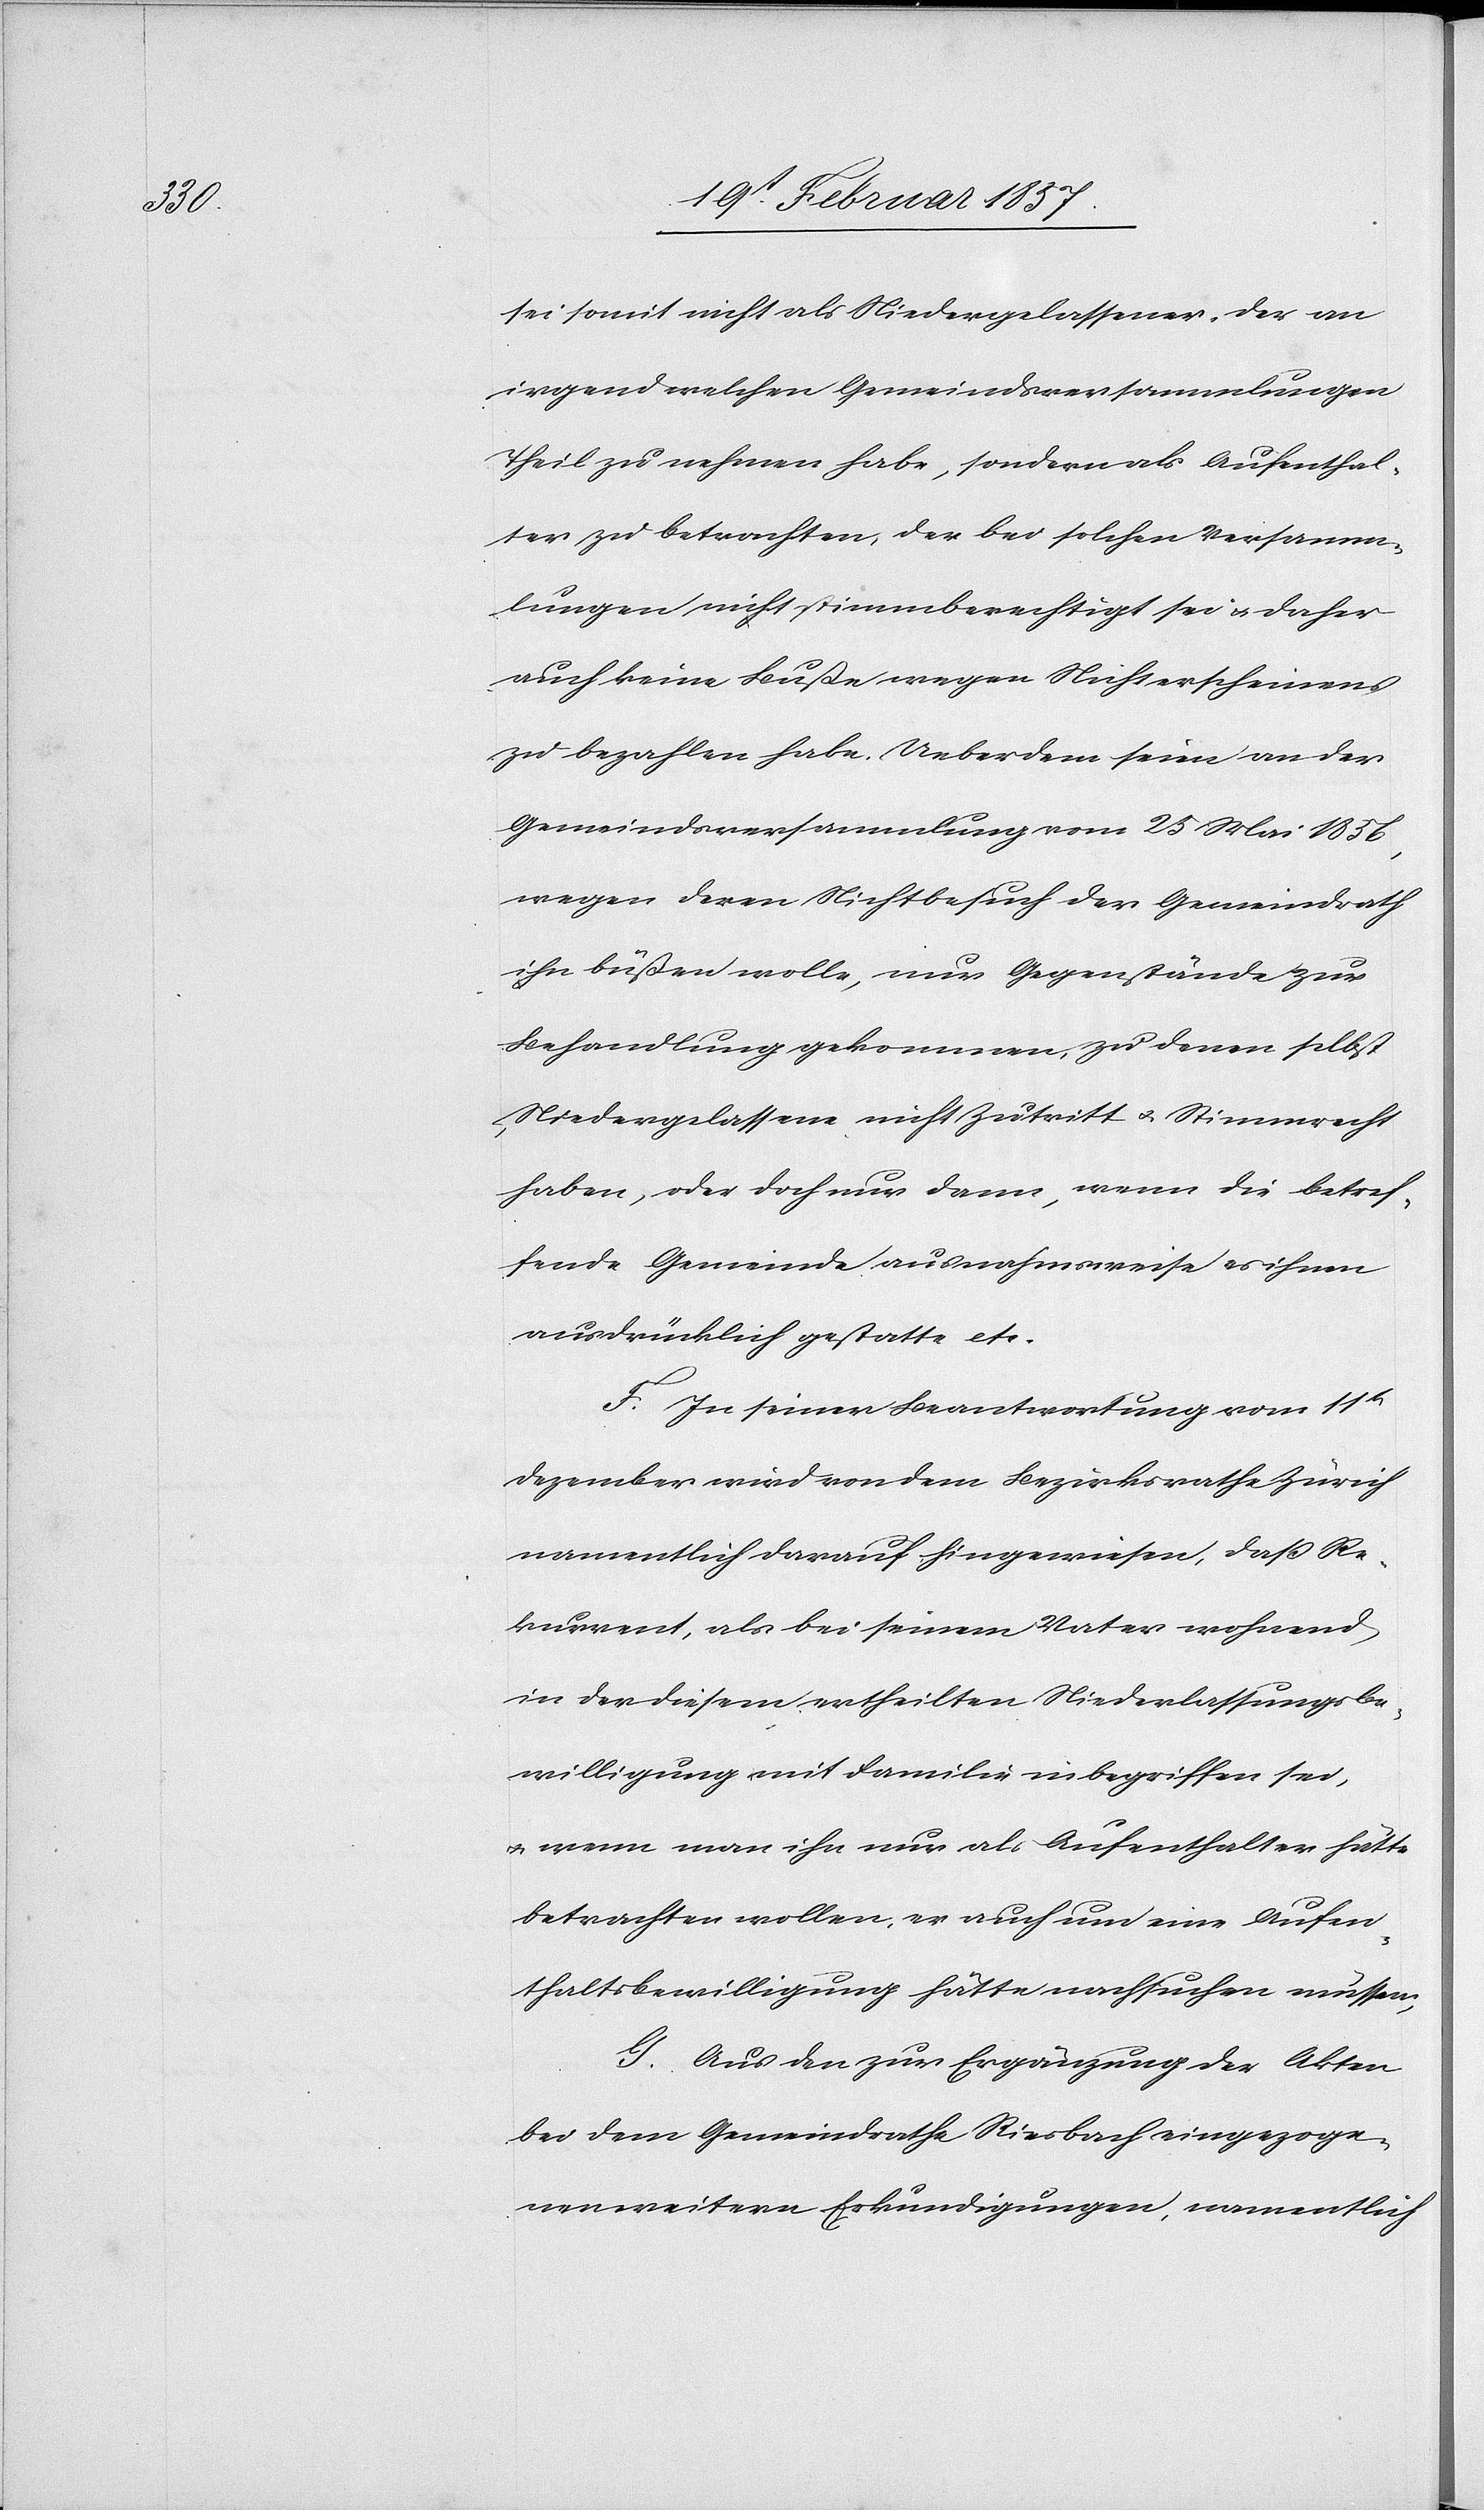
sei somit nicht als Niedergelassener. Der an
irgend welchen Gemeindsversammlungen
Theil zu nehmen habe, sondern als Aufenthal¬
ter zu betrachten, der bei solchen Versamm¬
lungen nicht stimmberechtigt sei u. daher
auch keine Buße wegen Nichterscheinens
zu bezahlen habe. Ueberdem seien an der
Gemeindsversammlung vom 25 Mai 1856,
wegen deren Nichtbesuch der Gemeindrath
ihn büßen wolle, nur Gegenstände zur
Behandlung gekommen, zu denen selbst
Niedergelassene nicht Zutritt u. Stimmrecht
haben, oder doch nur dann, wenn die betref¬
fende Gemeinde ausnahmsweise es ihnen
ausdrücklich gestatte etc.
F. In seiner Beantwortung vom 11t
Dezember wird von dem Bezirksrathe Zürich
namentlich darauf hingewiesen, daß Re¬
kurrent, als bei seinem Vater wohnend
in der diesen ertheilten Niederlassungsbe¬
willigung mit Familie inbegriffen sei,
u. wenn man ihn nur als Aufenthalter hätte
betrachten wollen, er auch um eine Aufen¬
thaltsbewilligung hätte nachsuchen müssen,
G. Aus den zur Ergänzung der Akten
bei dem Gemeindrathe Riesbach eingezoge¬
nen weitern Erkundigungen, namentlich